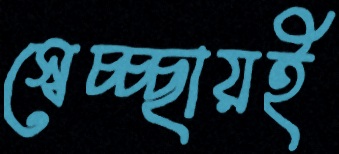
স্বেচ্চ্ছায়ই